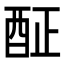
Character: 𨠣